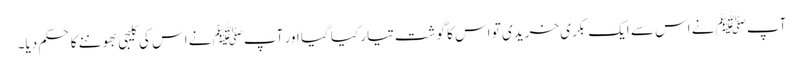
آپﷺ نے اس سے ایک بکری خریدی تو اس کا گوشت تیار کیا گیا اور آپﷺ نے اس کی کلیجی بھوننے کا حکم دیا۔